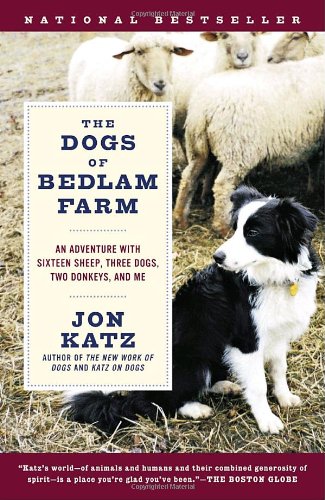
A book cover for The Dogs of Bedlam Farm: An Adventure with Sixteen Sheep, Three Dogs, Two Donkeys, and Me; Jon Katz; Biographies & Memoirs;